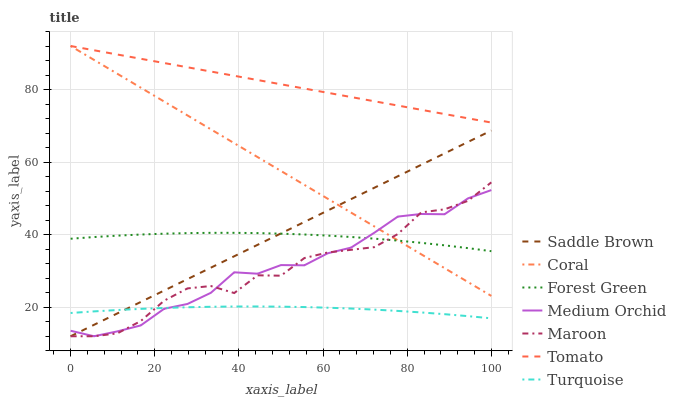
| xaxis_label | Saddle Brown | Coral | Forest Green | Medium Orchid | Maroon | Tomato | Turquoise |
 | --- | --- | --- | --- | --- | --- | --- | --- |
 | 0 | 12 | 92 | 38.9 | 13.5 | 12 | 92 | 18.4 |
 | 5.56 | 15.1 | 88.2 | 39.3 | 12 | 12 | 90.8 | 18.9 |
 | 11.1 | 18.3 | 84.3 | 39.7 | 13.3 | 12.8 | 89.7 | 19.2 |
 | 16.7 | 21.4 | 80.5 | 40 | 15 | 16.2 | 88.5 | 19.5 |
 | 22.2 | 24.6 | 76.7 | 40.3 | 19.6 | 21.8 | 87.3 | 19.8 |
 | 27.8 | 27.7 | 72.9 | 40.4 | 20.9 | 25.2 | 86.1 | 20 |
 | 33.3 | 30.9 | 69 | 40.5 | 24 | 25.8 | 85 | 20.1 |
 | 38.9 | 34 | 65.2 | 40.5 | 29.6 | 23.9 | 83.8 | 20.2 |
 | 44.4 | 37.2 | 61.4 | 40.4 | 29.2 | 28.8 | 82.6 | 20.2 |
 | 50 | 40.3 | 57.6 | 40.3 | 31.6 | 28.7 | 81.5 | 20.2 |
 | 55.6 | 43.5 | 53.7 | 40 | 31.6 | 33.5 | 80.3 | 20 |
 | 61.1 | 46.6 | 49.9 | 39.7 | 34.9 | 35.1 | 79.1 | 19.9 |
 | 66.7 | 49.8 | 46.1 | 39.4 | 36.4 | 35.8 | 77.9 | 19.6 |
 | 72.2 | 52.9 | 42.3 | 38.9 | 40.6 | 36.6 | 76.8 | 19.3 |
 | 77.8 | 56.1 | 38.4 | 38.4 | 45 | 40.2 | 75.6 | 19 |
 | 83.3 | 59.2 | 34.6 | 37.7 | 45.7 | 46.1 | 74.4 | 18.6 |
 | 88.9 | 62.4 | 30.8 | 37.1 | 45.6 | 47 | 73.2 | 18.1 |
 | 94.4 | 65.5 | 26.9 | 36.3 | 50 | 49.3 | 72.1 | 17.5 |
 | 100 | 68.7 | 23.1 | 35.4 | 52.3 | 54.4 | 70.9 | 16.9 |